Eesti_Rahvusfond, lk 8
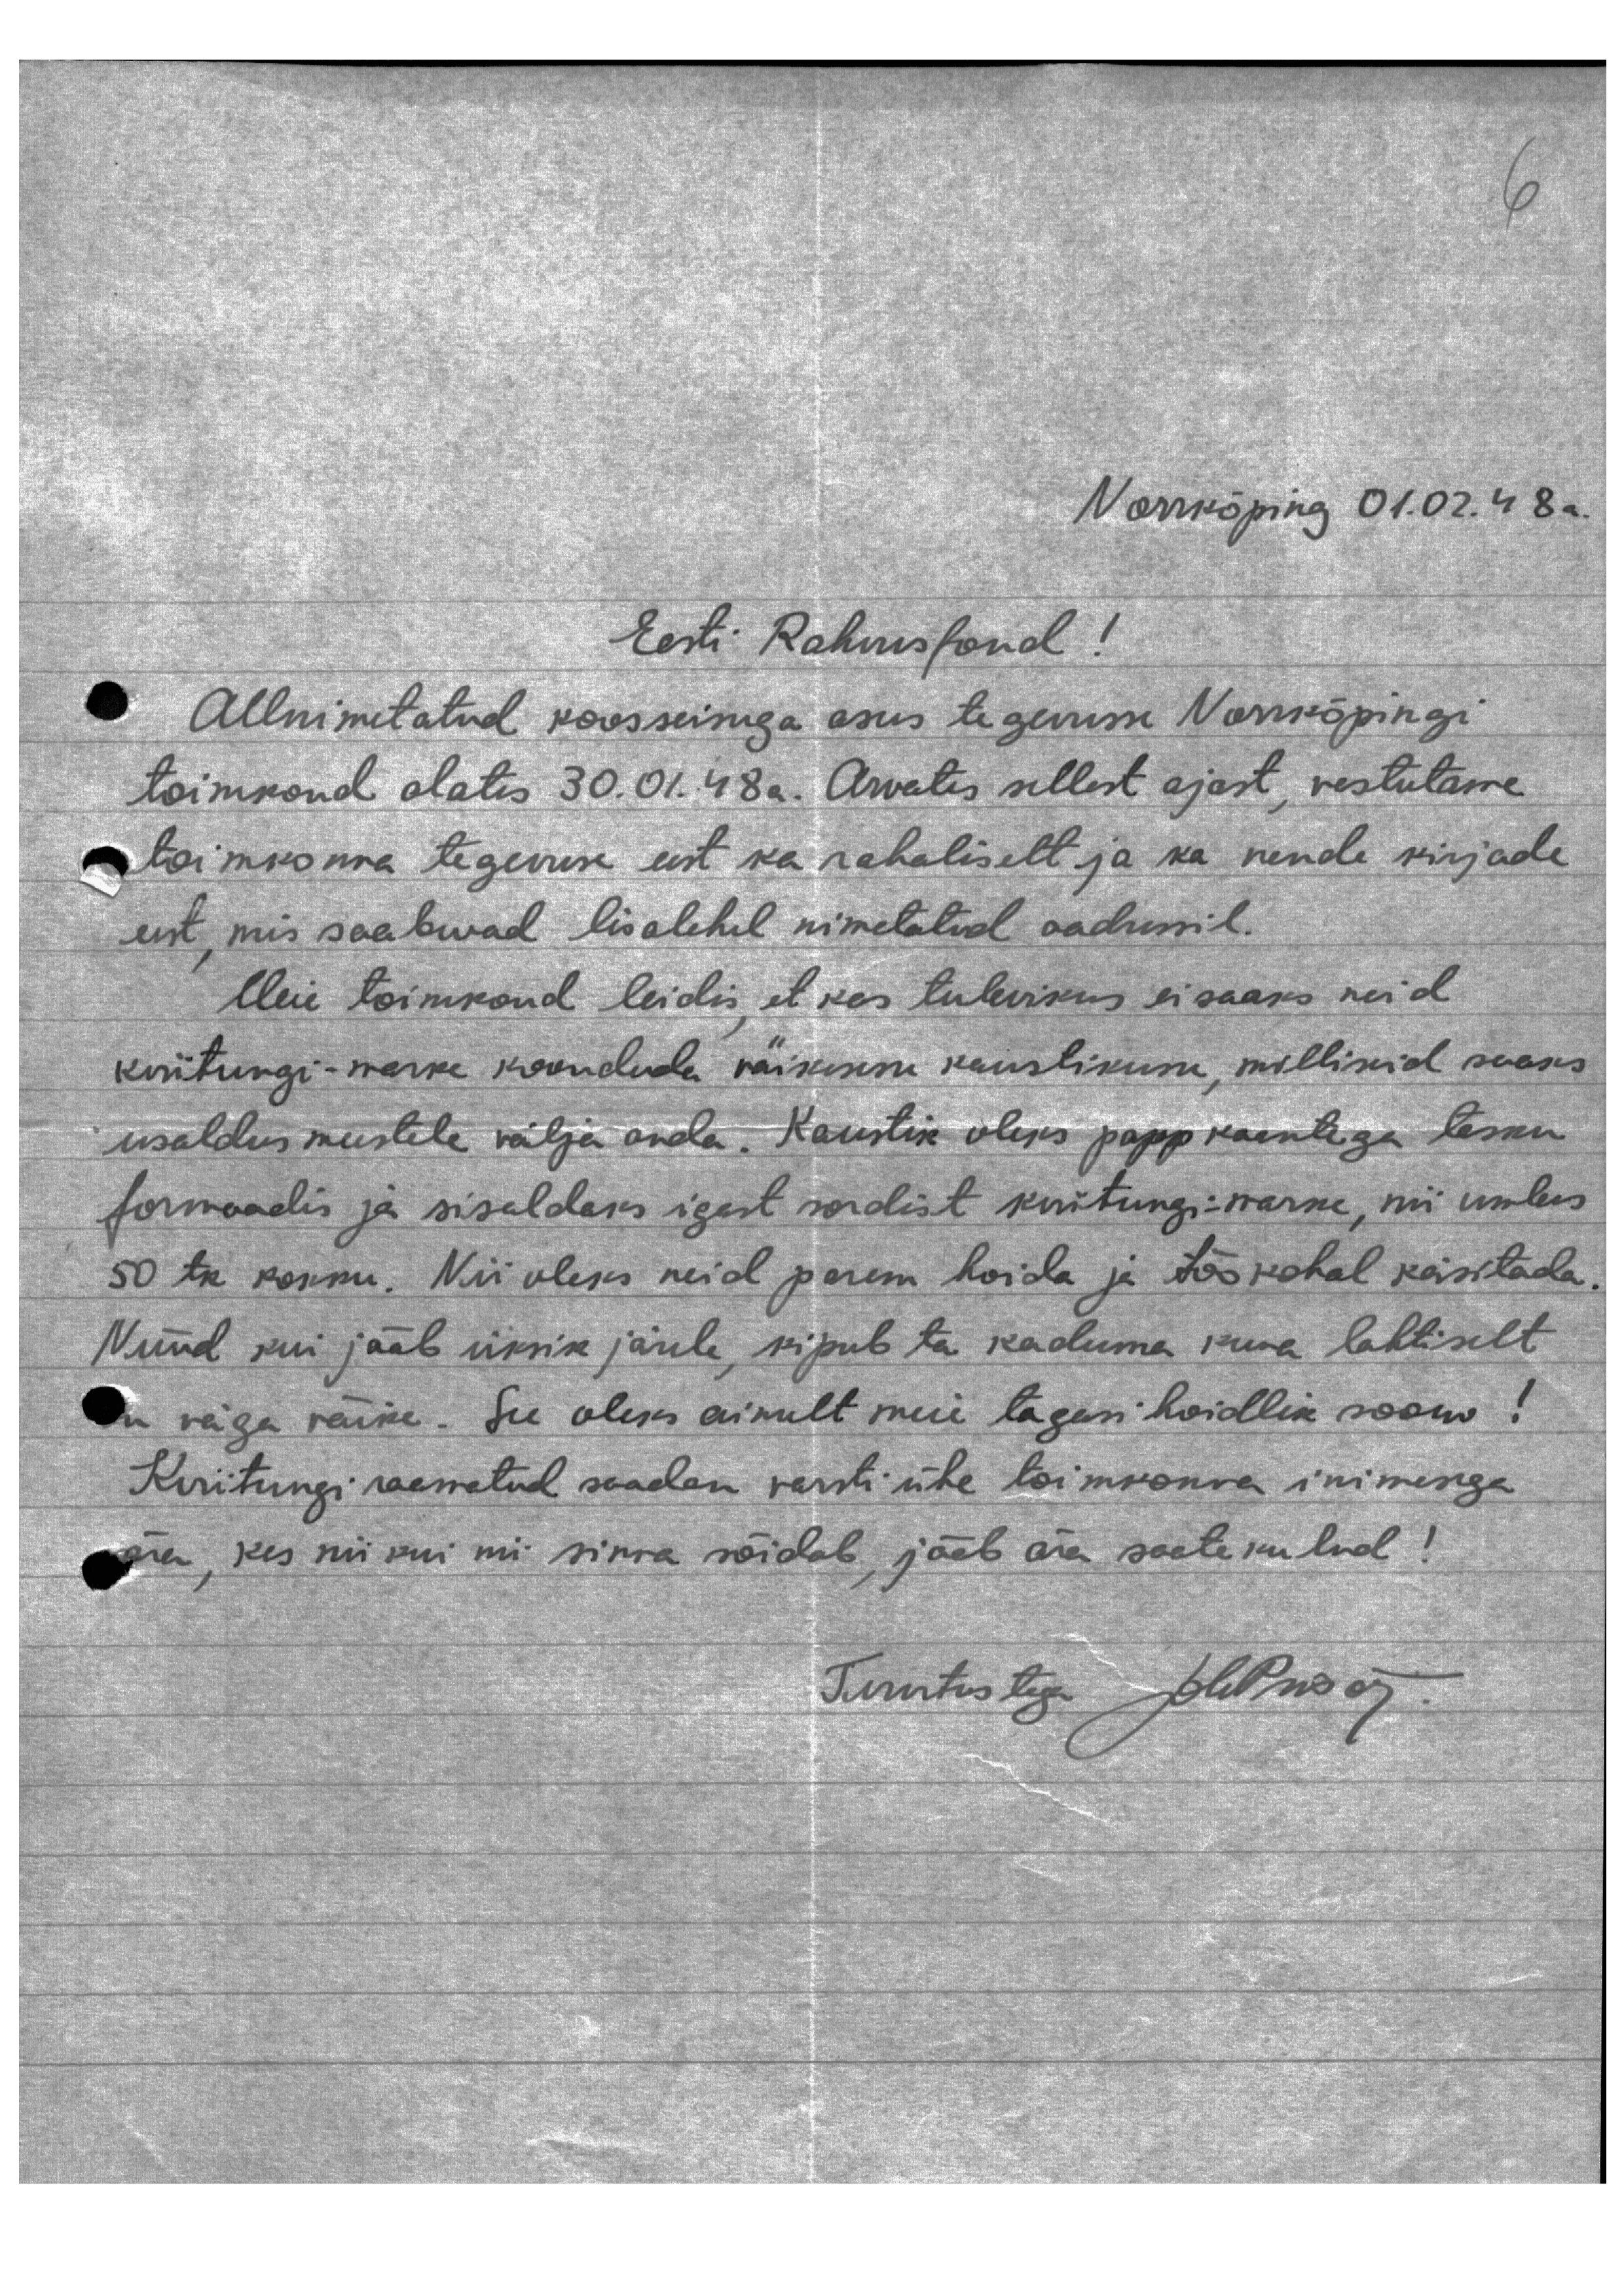
Norrköping 01.02. 48a.
Eesti Rahvusfond!
Allnimetatud koosseisuga asus tegemise Norrköpingi
toimkond alates 30.01.48a. Arvates sellest ajast, vastutame
toimkonna tegevuse eest ka rahaliselt ja ka nende kirjade
eest, mis saabwad lisalehel nimetatud aadressil.
Meie toimkond leidis, et kas tulevikus ei saaks neid
kviitungi-marke koonduda väikesse kaustikusse, milliseid saaks
usaldus meestele välja anda. Kaustik oleks papp kaantega tasku
formaadis ja sisaldaks igast sordist kwitungi-marke, nii umbes
50 tk kokku. Nii oleks neid parem hoida ja töökohal käsitada.
Nüüd kui jääb üksik järele, kipub ta kaduma kuna lahtiselt
on väga väike. See oleks ainult meie tagasi hoidlik soow!
Kviitungi raamatud saadan varsti ühe toimkonna inimesega
mõra, kes nii kui mis sinna sõidab, jääb ära saatekulud!
Tervitustega J.lupnsag